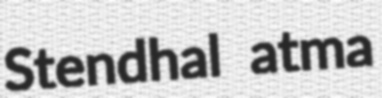
Stendhal atma